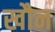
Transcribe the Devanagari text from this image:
खौन